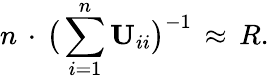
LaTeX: n\, \cdot\, \big(\sum_{i=1}^{n}\mathbf{U}_{ii}\big)^{-1}\, \approx\, R.